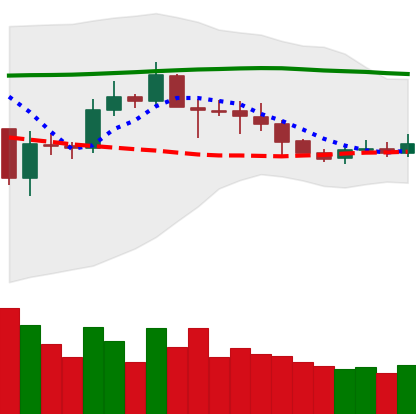
Ticker: ETC-USD
Chart end date: 2019-09-17
Forward return: -4.62%
Label: down_3_5